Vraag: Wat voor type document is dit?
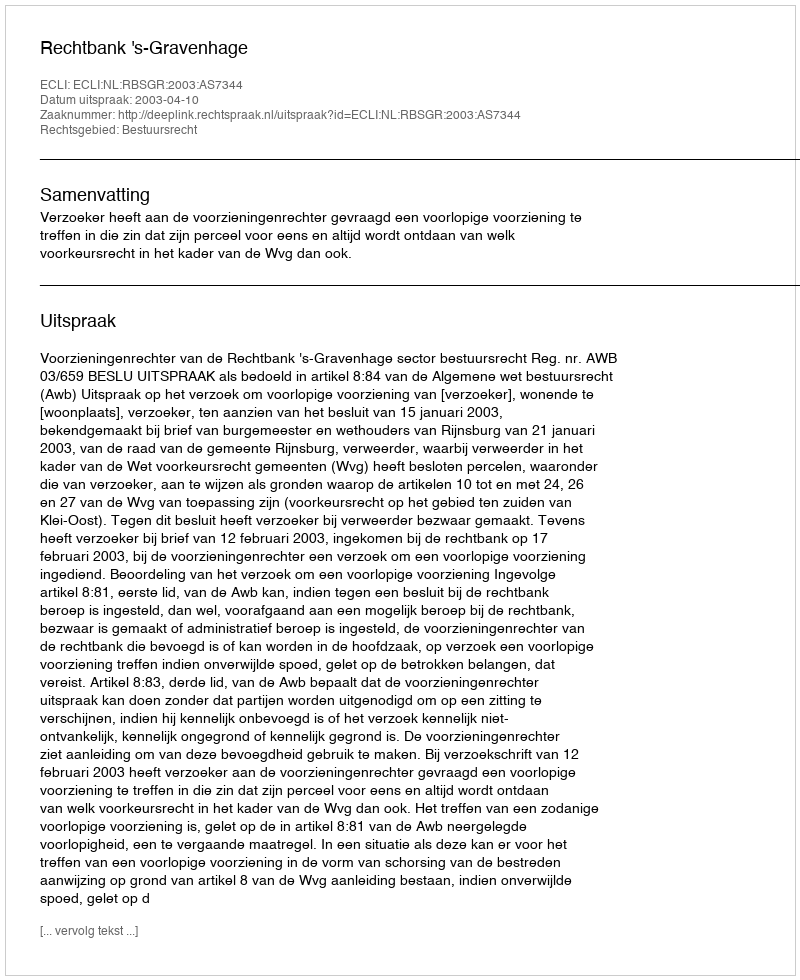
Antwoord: Uitspraak